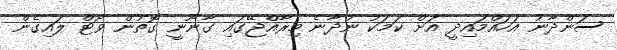
ސަންދާނު އަހައްމައިދީ އަށް ކަމަކު ނުދާނެ މިރާއްޖޭގައި ގާނޫނީ ގޮތުން ވޯޓް ލައިގެން